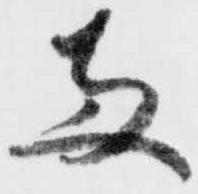
両